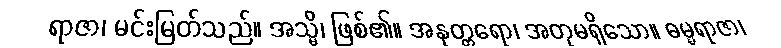
ရာဇာ၊ မင်းမြတ်သည်။ အသ္မိ၊ ဖြစ်၏။ အနုတ္တရော၊ အတုမရှိသော။ ဓမ္မရာဇာ၊